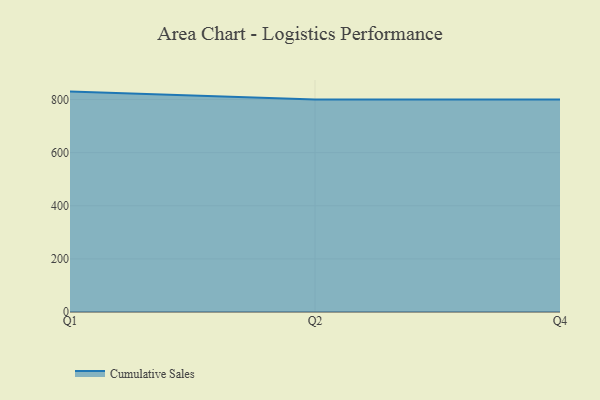
{"axis": {"x": "Quarter", "y": "LTV (USD)"}, "legend": ["Cumulative Sales"], "data": [{"x": "Q1", "y": 829.8, "type": "Cumulative Sales"}, {"x": "Q2", "y": 800, "type": "Cumulative Sales"}, {"x": "Q4", "y": 800, "type": "Cumulative Sales"}]}